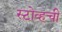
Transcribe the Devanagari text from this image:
स्टोव्हची